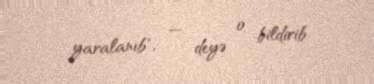
yaralanıb", — deyə o bildirib.